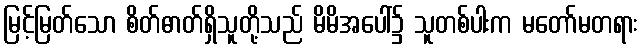
မြင့်မြတ်သော စိတ်ဓာတ်ရှိသူတို့သည် မိမိအပေါ်၌ သူတစ်ပါးက မတော်မတရား